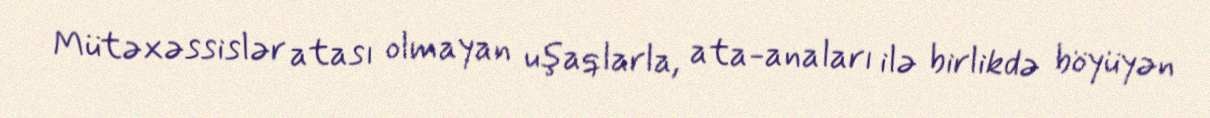
Mütəxəssislər atası olmayan uşaqlarla, ata-anaları ilə birlikdə böyüyən